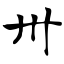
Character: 卅